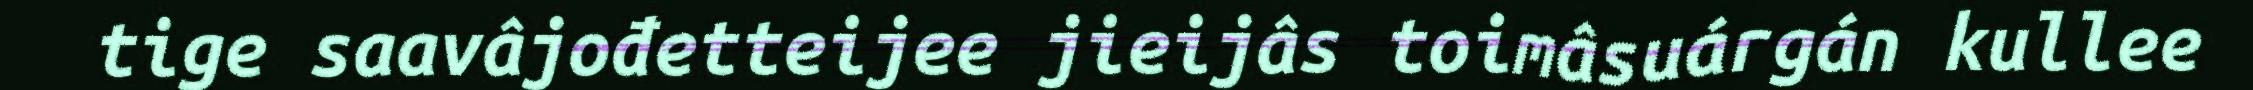
tige saavâjođetteijee jieijâs toimâsuárgán kullee